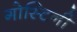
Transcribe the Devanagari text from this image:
गोस्टिनी